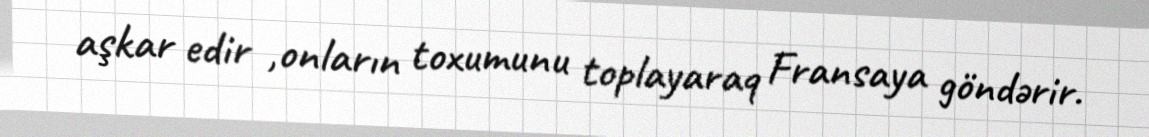
aşkar edir ,onların toxumunu toplayaraq Fransaya göndərir.